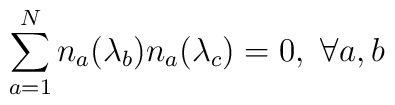
\sum_{a=1}^N n_a(\lambda_b)n_a(\lambda_c)=0,\  \forall a,b